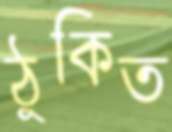
ঠুকিত